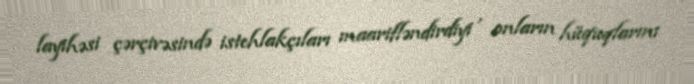
layihəsi çərçivəsində istehlakçıları maarifləndirdiyi , onların hüquqlarını